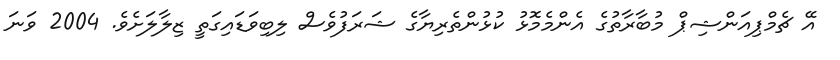
އޭ ޗެމްޕިއަންޝިޕް މުބާރާތުގެ އެންމެމޮޅު ކުޅުންތެރިޔާގެ ޝަރަފުވެސް ލިބިވަޑައިގަތީ ޒިލާލަށެވެ. 2004 ވަނަ